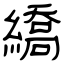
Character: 繑